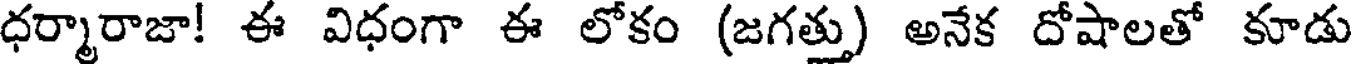
ధర్మారాజా! ఈ విధంగా ఈ లోకం (జగత్తు) అనేక దోషాలతో కూడు